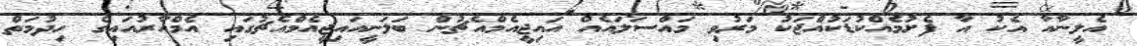
އެލީނާއާ އެކު އާ ފެށުމެއްކުޑަކުއްޖަކު މަރުވި މައްސަލައެއް އައިޖީއެމްއެޗުން ބަލަނީއައިޖީއެމްއެޗުގައި އެމްއާރުއައިގެ ހިދުމަތް